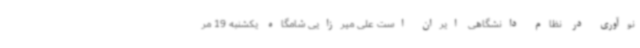
نوآوری در نظام دانشگاهی ایران است علی میرزایی شامگاه یکشنبه 19 مر